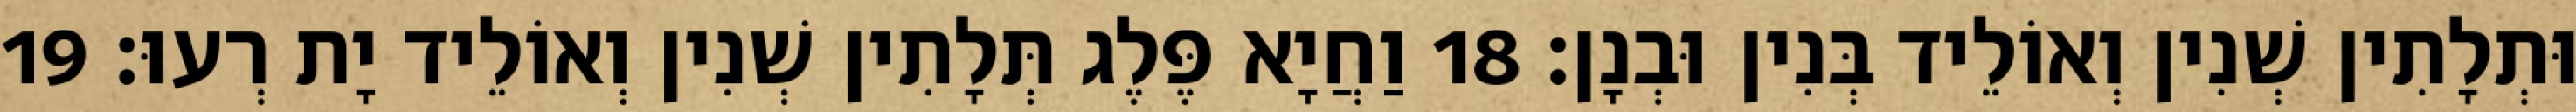
וּתְלָתִין שְׁנִין וְאוֹלֵיד בְּנִין וּבְנָן׃ 18 וַחֲיָא פֶּלֶג תְּלָתִין שְׁנִין וְאוֹלֵיד יָת רְעוּ׃ 19